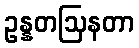
ဥန္နတဩနတာ